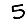
Digit: 5